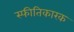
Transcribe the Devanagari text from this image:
स्फीतिकारक